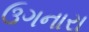
ઉગનારા